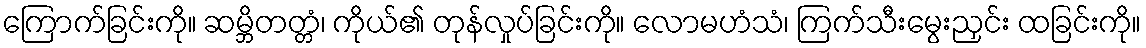
ကြောက်ခြင်းကို။ ဆမ္ဘိတတ္တံ၊ ကိုယ်၏ တုန်လှုပ်ခြင်းကို။ လောမဟံသံ၊ ကြက်သီးမွေးညှင်း ထခြင်းကို။